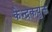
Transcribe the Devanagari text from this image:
केन्द्रकयुक्त